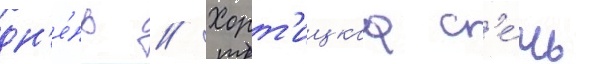
дн'е́пр // Хорт'ицкаа с'е́чь